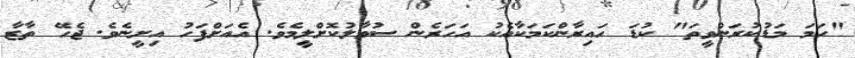
"ހަމަ މަޑުކުރަންވީތަ" ކުޑަ ހައިރާންކަމަކާއެކު އަހަރެން ސުވާލުކޮށްލީމެވެ. އެއަށްފަހު އިށީނެވެ. ޖެހޭ ތާޒާ